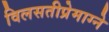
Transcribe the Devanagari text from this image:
विलसतीप्रेमाग्ने